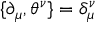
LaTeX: \{ \partial _ { \mu } , \theta ^ { \nu } \} = \delta _ { \mu } ^ { \nu }